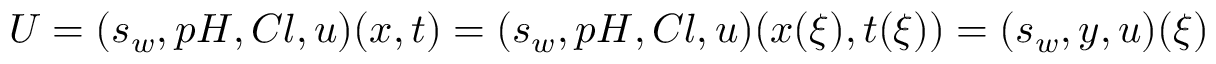
U = ( s _ { w } , p H , C l , u ) ( x , t ) = ( s _ { w } , p H , C l , u ) ( x ( \xi ) , t ( \xi ) ) = ( s _ { w } , y , u ) ( \xi )